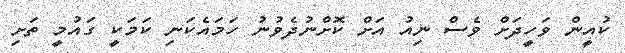
ކުއީން ވަހީދަށް ވެސް ނިއު އަށް ކޮށްނުދެވުނު ހަމައެކަނި ކަމަކީ ގައުމީ ތަށި